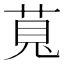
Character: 萈